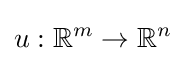
u:\mathbb {R} ^{m}\rightarrow \mathbb {R} ^{n}